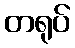
တရုပ်